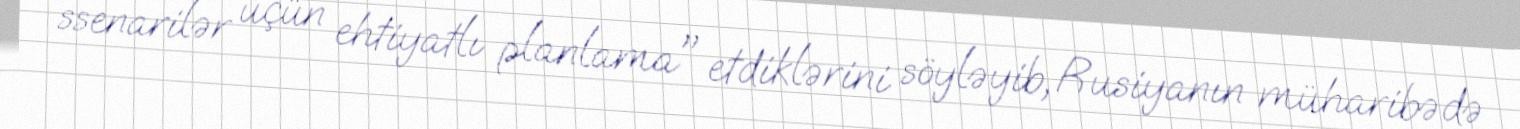
ssenarilər üçün ehtiyatlı planlama" etdiklərini söyləyib, Rusiyanın müharibədə